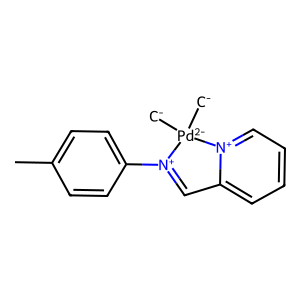
SMILES: [CH2-][Pd-2]1([CH2-])[N+](c2ccc(C)cc2)=Cc2cccc[n+]21
Inhibits HIV replication: No